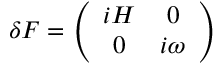
\delta F = \left( \begin{array} { c c } { { i H } } & { { 0 } } \\ { { 0 } } & { { i \omega } } \end{array} \right)